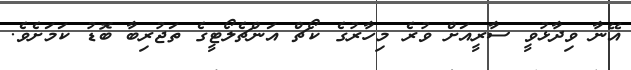
އޭނާ ވިދާޅުވީ ސާރީއަށް ވުރެ މިހާރުގެ ކޯޗް އަންޗެލޯޓީގެ ތަޖުރިބާ ބޮޑު ކަމަށެވެ.